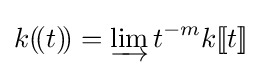
k(\!(t)\!)=\varinjlim t^{-m}k[\![t]\!]